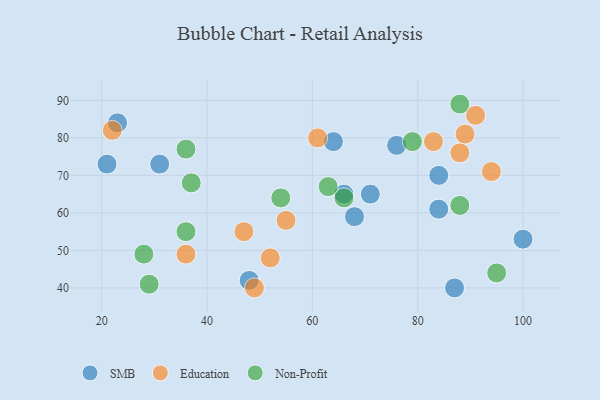
{"axis": {"x": "GDP", "y": "Life Expectancy"}, "legend": ["Education", "Non-Profit", "SMB"], "data": [{"x": "21", "y": 73, "type": "SMB"}, {"x": "84", "y": 70, "type": "SMB"}, {"x": "48", "y": 42, "type": "SMB"}, {"x": "23", "y": 84, "type": "SMB"}, {"x": "71", "y": 65, "type": "SMB"}, {"x": "84", "y": 61, "type": "SMB"}, {"x": "31", "y": 73, "type": "SMB"}, {"x": "66", "y": 65, "type": "SMB"}, {"x": "68", "y": 59, "type": "SMB"}, {"x": "87", "y": 40, "type": "SMB"}, {"x": "64", "y": 79, "type": "SMB"}, {"x": "100", "y": 53, "type": "SMB"}, {"x": "76", "y": 78, "type": "SMB"}, {"x": "49", "y": 40, "type": "Education"}, {"x": "36", "y": 49, "type": "Education"}, {"x": "83", "y": 79, "type": "Education"}, {"x": "52", "y": 48, "type": "Education"}, {"x": "22", "y": 82, "type": "Education"}, {"x": "88", "y": 76, "type": "Education"}, {"x": "55", "y": 58, "type": "Education"}, {"x": "89", "y": 81, "type": "Education"}, {"x": "94", "y": 71, "type": "Education"}, {"x": "47", "y": 55, "type": "Education"}, {"x": "91", "y": 86, "type": "Education"}, {"x": "61", "y": 80, "type": "Education"}, {"x": "95", "y": 44, "type": "Non-Profit"}, {"x": "66", "y": 64, "type": "Non-Profit"}, {"x": "63", "y": 67, "type": "Non-Profit"}, {"x": "54", "y": 64, "type": "Non-Profit"}, {"x": "88", "y": 89, "type": "Non-Profit"}, {"x": "36", "y": 77, "type": "Non-Profit"}, {"x": "37", "y": 68, "type": "Non-Profit"}, {"x": "79", "y": 79, "type": "Non-Profit"}, {"x": "88", "y": 62, "type": "Non-Profit"}, {"x": "36", "y": 55, "type": "Non-Profit"}, {"x": "28", "y": 49, "type": "Non-Profit"}, {"x": "29", "y": 41, "type": "Non-Profit"}]}